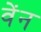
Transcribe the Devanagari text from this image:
वेंन